Vaccination United Provinces of Agra and Oudh 1902-1913 - 1902-1913
Year: 1902
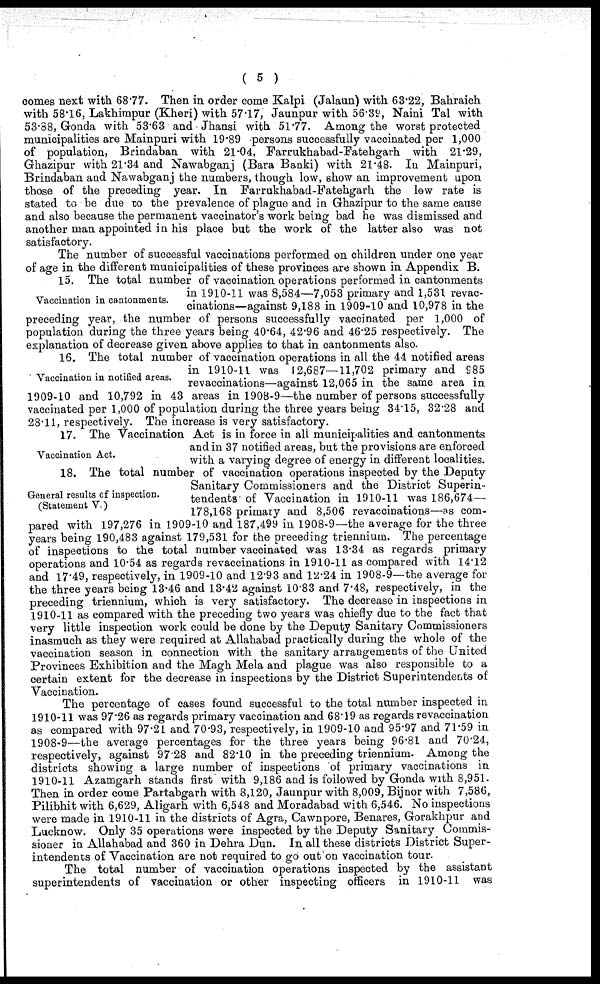
( 5 )
comes next with 68.77. Then in order come Kalpi (Jalaun) with 63.22, Bahraich
with 58.16, Lakhimpur (Kheri) with 57.17, Jaunpur with 56.39, Naini Tal with
53.88, Gonda with 53.63 and Jhansi with 51.77. Among the worst protected
municipalities are Mainpuri with 19.89 persons successfully vaccinated per 1,000
of population, Brindaban with 21.04, Farrukhabad-Fatehgarh with 21.29,
Ghazipur with 21.34 and Nawabganj (Bara Banki) with 21.48. In Mainpuri,
Brindaban and Nawabganj the numbers, though low, show an improvement upon
those of the preceding year. In Farrukhabad-Fatehgarh the low rate is
stated to be due to the prevalence of plague and in Ghazipur to the same cause
and also because the permanent vaccinator's work being bad he was dismissed and
another man appointed in his place but the work of the latter also was not
satisfactory.
The number of successful vaccinations performed on children under one year
of age in the different municipalities of these provinces are shown in Appendix B.
Vaccination in cantonments.
15. The total number of vaccination operations performed in cantonments
in 1910-11 was 8,584—7,053 primary and 1,531 revac-
cinations—against 9,188 in 1909-10 and 10,978 in the
preceding year, the number of persons successfully vaccinated per 1,000 of
population during the three years being 40.64, 42.96 and 46.25 respectively. The
explanation of decrease given above applies to that in cantonments also.
Vaccination in notified areas.
16. The total number of vaccination operations in all the 44 notified areas
in 1910-11 was 12,687—11,702 primary and 985
revaccinations—against 12,065 in the same area in
1909-10 and 10,792 in 43 areas in 1908-9—the number of persons successfully
vaccinated per 1,000 of population during the three years being 34.15, 32.28 and
28.11, respectively. The increase is very satisfactory.
Vaccination Act.
17. The Vaccination Act is in force in all municipalities and cantonments
and in 37 notified areas, but the provisions are enforced
with a varying degree of energy in different localities.
General results of inspection.
(Statement V.)
18. The total number of vaccination operations inspected by the Deputy
Sanitary Commissioners and the District Superin-
tendents of Vaccination in 1910-11 was 186,674—
178,168 primary and 8,506 revaccinations—as com-
pared with 197,276 in 1909-10 and 187,499 in 1908-9—the average for the three
years being 190,483 against 179,531 for the preceding triennium. The percentage
of inspections to the total number vaccinated was 13.34 as regards primary
operations and 10.54 as regards revaccinations in 1910-11 as compared with 14.12
and 17.49, respectively, in 1909-10 and 12.93 and 12.24 in 1908-9—the average for
the three years being 13.46 and 13.42 against 10.83 and 7.48, respectively, in the
preceding triennium, which is very satisfactory. The decrease in inspections in
1910-11 as compared with the preceding two years was chiefly due to the fact that
very little inspection work could be done by the Deputy Sanitary Commissioners
inasmuch as they were required at Allahabad practically during the whole of the
vaccination season in connection with the sanitary arrangements of the United
Provinces Exhibition and the Magh Mela and plague was also responsible to a
certain extent for the decrease in inspections by the District Superintendents of
Vaccination.
The percentage of cases found successful to the total number inspected in
1910-11 was 97.26 as regards primary vaccination and 68.19 as regards revaccination
as compared with 97.21 and 70.93, respectively, in 1909-10 and 95.97 and 71.59 in
1908-9—the average percentages for the three years being 96.81 and 70.24,
respectively, against 97.28 and 82.10 in the preceding triennium. Among the
districts showing a large number of inspections of primary vaccinations in
1910-11 Azamgarh stands first with 9,186 and is followed by Gonda with 8,951.
Then in order come Partabgarh with 8,120, Jaunpur with 8,009, Bijnor with 7,586,
Pilibhit with 6,629, Aligarh with 6,548 and Moradabad with 6,546. No inspections
were made in 1910-11 in the districts of Agra, Cawnpore, Benares, Gorakhpur and
Lucknow. Only 35 operations were inspected by the Deputy Sanitary Commis-
sioner in Allahabad and 360 in Dehra Dun. In all these districts District Super-
intendents of Vaccination are not required to go out on vaccination tour.
The total number of vaccination operations inspected by the assistant
superintendents of vaccination or other inspecting officers in 1910-11 was